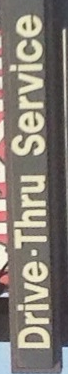
Drive-Thru Service